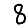
Digit: 8